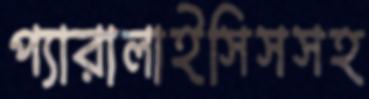
প্যারালাইসিসসহ